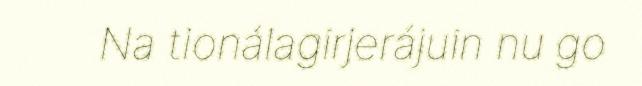
Na tionálagirjerájuin nu go